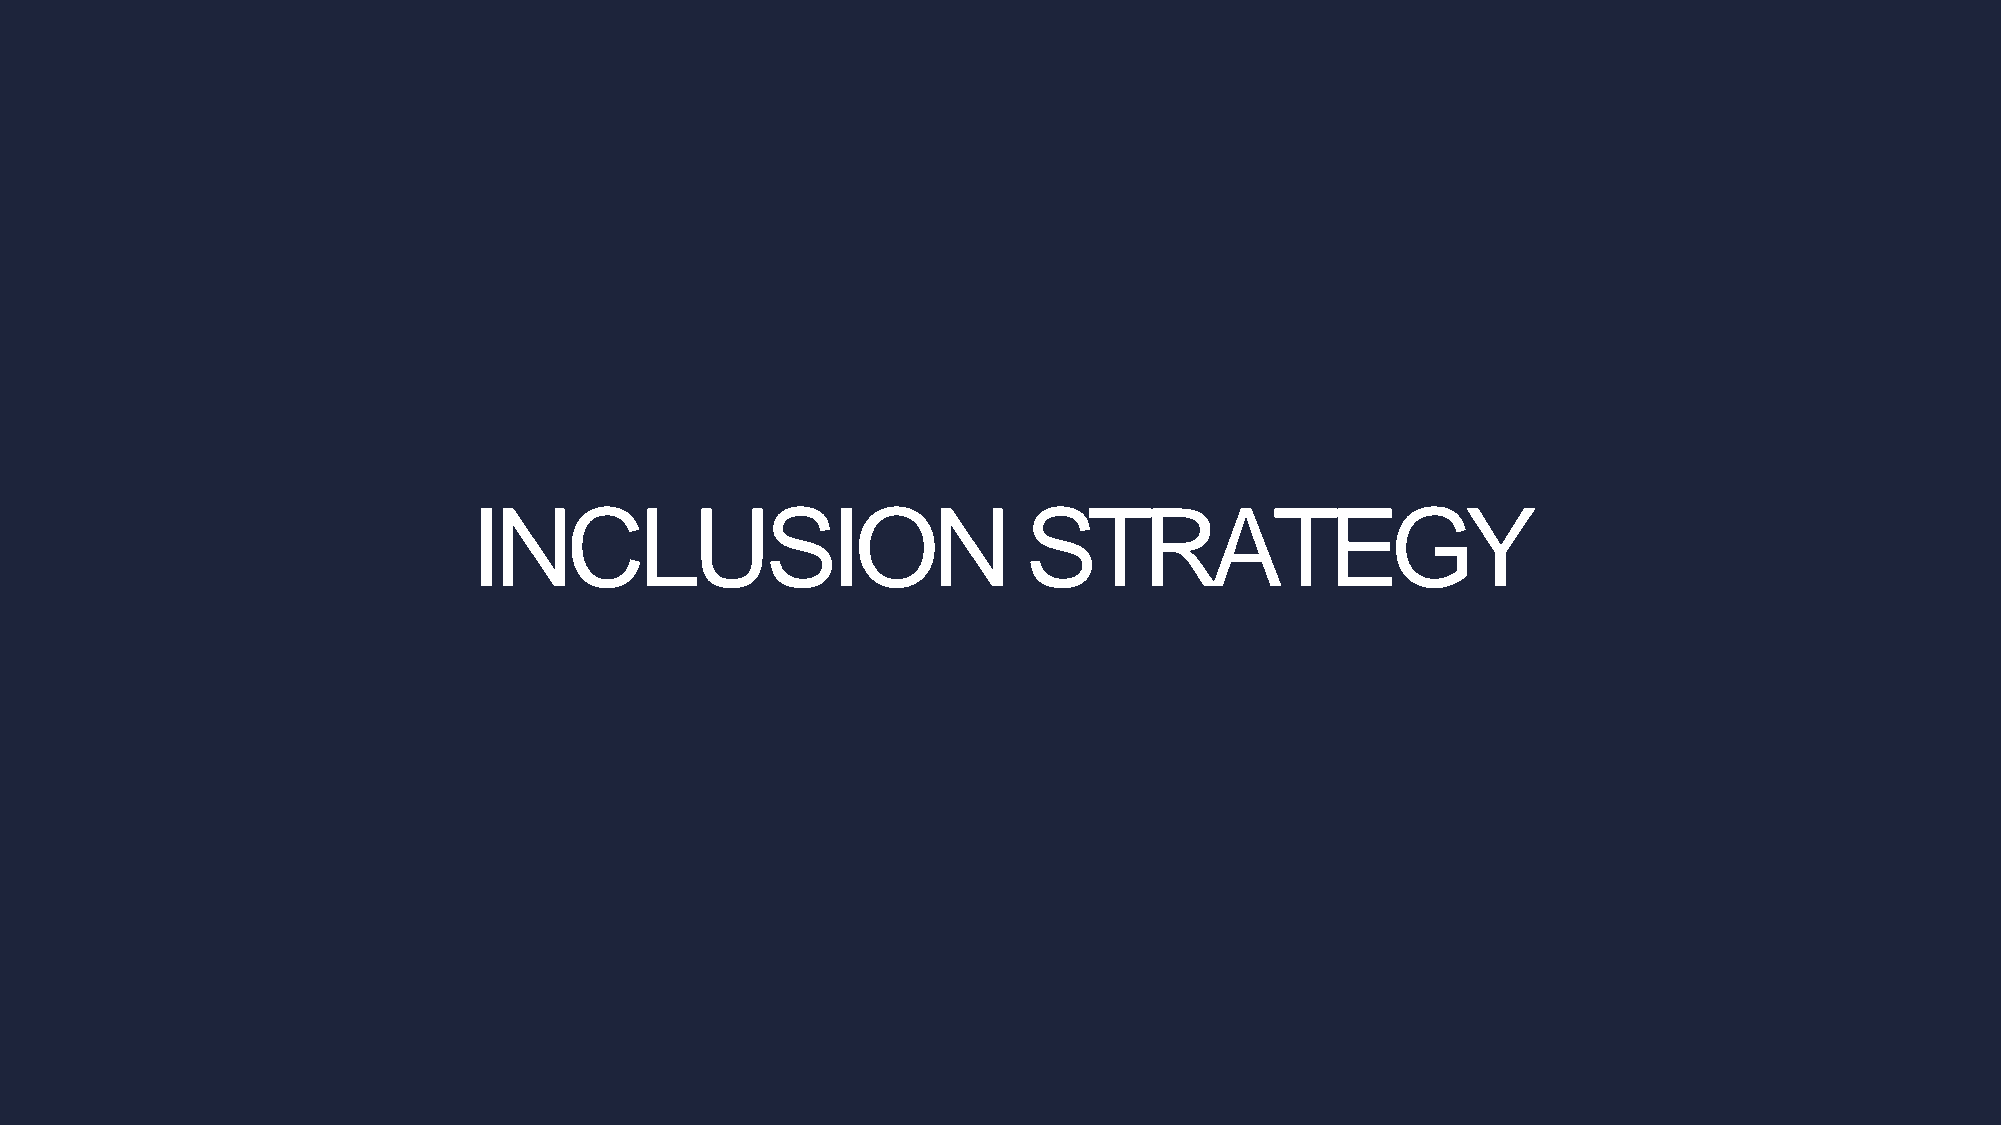
INCLUSION                            STRATEGY